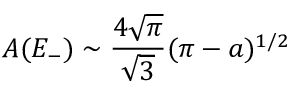
A ( E _ { - } ) \sim \frac { 4 \sqrt { \pi } } { \sqrt { 3 } } ( \pi - a ) ^ { 1 / 2 }